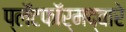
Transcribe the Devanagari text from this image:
प्लॅटफॉर्मद्वारे